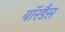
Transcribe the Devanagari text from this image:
बॉरडैस